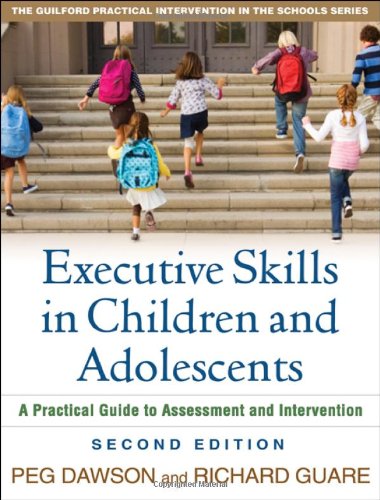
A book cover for Executive Skills in Children and Adolescents, Second Edition: A Practical Guide to Assessment and Intervention (The Guilford Practical Intervention in the Schools Series); Peg Dawson; Education & Teaching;